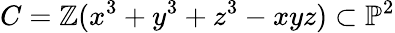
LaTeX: C=\mathbb{Z}(x^{3}+y^{3}+z^{3}-xyz)\subset\mathbb{{P}}^{2}